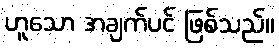
ဟူသော အချက်ပင် ဖြစ်သည်။